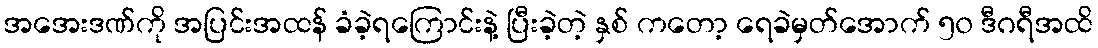
အအေးဒဏ်ကို အပြင်းအထန် ခံခဲ့ရကြောင်းနဲ့ ပြီးခဲ့တဲ့ နှစ် ကတော့ ရေခဲမှတ်အောက် ၅၀ ဒီဂရီအထိ